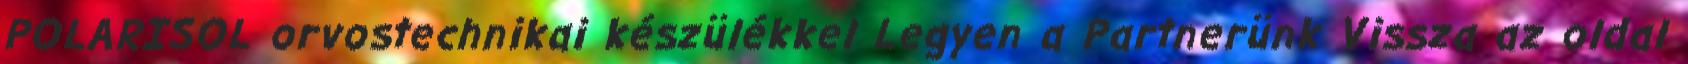
POLARISOL orvostechnikai készülékkel Legyen a Partnerünk Vissza az oldal